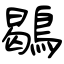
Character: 鶡